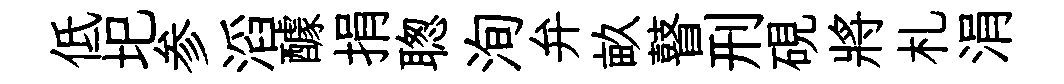
低圯参滔醵捐聦洵弁畝瞽刑硯將札涓